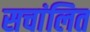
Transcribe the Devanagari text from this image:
सचांलित